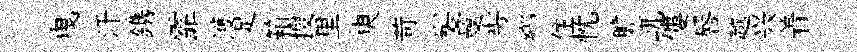
曳汗鎸霏濩足箱搜里㬰苛髪曼髣郷住忱膽屼僂唇越兴着